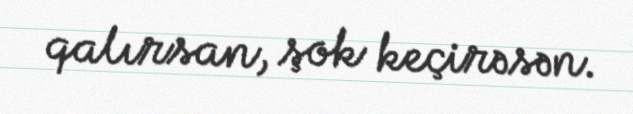
qalırsan, şok keçirəsən.